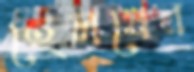
হেলথের